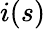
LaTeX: i(s)